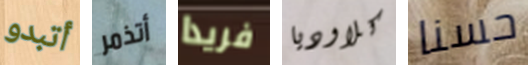
أتبدو أتذمر فريدا كلاوديا حسنا